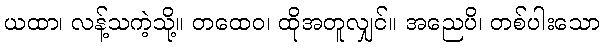
ယထာ၊ လန့်သကဲ့သို့။ တထေဝ၊ ထိုအတူလျှင်။ အညေပိ၊ တစ်ပါးသော